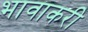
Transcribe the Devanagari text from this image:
भावाकरी